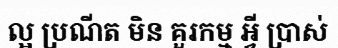
ល្អ ប្រណីត មិន គួរកម្ម អ្វី ប្រាស់